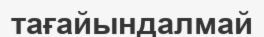
тағайындалмай